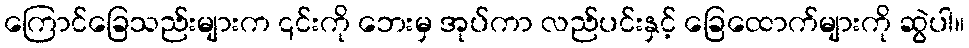
ကြောင်ခြေသည်းများက ၎င်းကို ဘေးမှ အုပ်ကာ လည်ပင်းနှင့် ခြေထောက်များကို ဆွဲပါ။